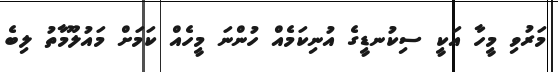
މަރުވި މީހާ އަކީ ސިކުނޑީގެ އުނިކަމެއް ހުންނަ މީހެއް ކަމަށް މައުލޫމާތު ލިބެ